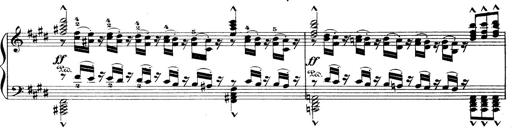
Title: Wagner-Liszt Album
Composer: Franz Liszt